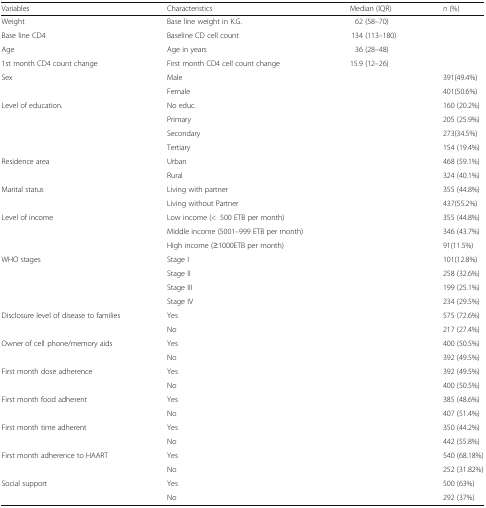
| Variables | Characteristics | Median (IQR) | n (%) |
 | --- | --- | --- | --- |
 | Weight | Base line weight in K.G. | 62 (58–70) |  |
 | Base line CD4 | Baseline CD cell count | 134 (113–180) |  |
 | Age | Age in years | 36 (28–48) |  |
 | 1st month CD4 count change | First month CD4 cell count change | 15.9 (12–26) |  |
 | <ROWSPAN=2> Sex | Male |  | 391(49.4%) |
 | Female |  | 401(50.6%) |
 | <ROWSPAN=4> Level of education. | No educ. |  | 160 (20.2%) |
 | Primary |  | 205 (25.9%) |
 | Secondary |  | 273(34.5%) |
 | Tertiary |  | 154 (19.4%) |
 | <ROWSPAN=2> Residence area | Urban |  | 468 (59.1%) |
 | Rural |  | 324 (40.1%) |
 | <ROWSPAN=2> Marital status | Living with partner |  | 355 (44.8%) |
 | Living without Partner |  | 437(55.2%) |
 | <ROWSPAN=3> Level of income | Low income (<500 ETB per month) |  | 355 (44.8%) |
 | Middle income (5001–999 ETB per month) |  | 346 (43.7%) |
 | High income (≥1000ETB per month) |  | 91(11.5%) |
 | <ROWSPAN=4> WHO stages | Stage I |  | 101(12.8%) |
 | Stage II |  | 258 (32.6%) |
 | Stage III |  | 199 (25.1%) |
 | Stage IV |  | 234 (29.5%) |
 | <ROWSPAN=2> Disclosure level of disease to families | Yes |  | 575 (72.6%) |
 | No |  | 217 (27.4%) |
 | <ROWSPAN=2> Owner of cell phone/memory aids | Yes |  | 400 (50.5%) |
 | No |  | 392 (49.5%) |
 | <ROWSPAN=2> First month dose adherence | Yes |  | 392 (49.5%) |
 | No |  | 400 (50.5%) |
 | <ROWSPAN=2> First month food adherent | Yes |  | 385 (48.6%) |
 | No |  | 407 (51.4%) |
 | <ROWSPAN=2> First month time adherent | Yes |  | 350 (44.2%) |
 | No |  | 442 (55.8%) |
 | <ROWSPAN=2> First month adherence to HAART | Yes |  | 540 (68.18%) |
 | No |  | 252 (31.82%) |
 | <ROWSPAN=2> Social support | Yes |  | 500 (63%) |
 | No |  | 292 (37%) |